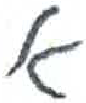
אות: א